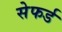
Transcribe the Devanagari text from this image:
सेफर्ड